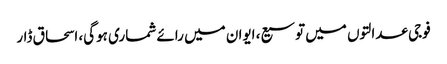
فوجی عدالتوں میں‌ توسیع، ایوان میں رائے شماری ہوگی، اسحاق ڈار